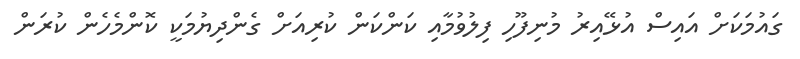
ގައުމަކަށް އައިސް އުޅޭއިރު މުނިފޫހި ފިލުވުމާއި ކަންކަން ކުރިއަށް ގެންދިޔުމަކީ ކޮންމެހެން ކުރަން